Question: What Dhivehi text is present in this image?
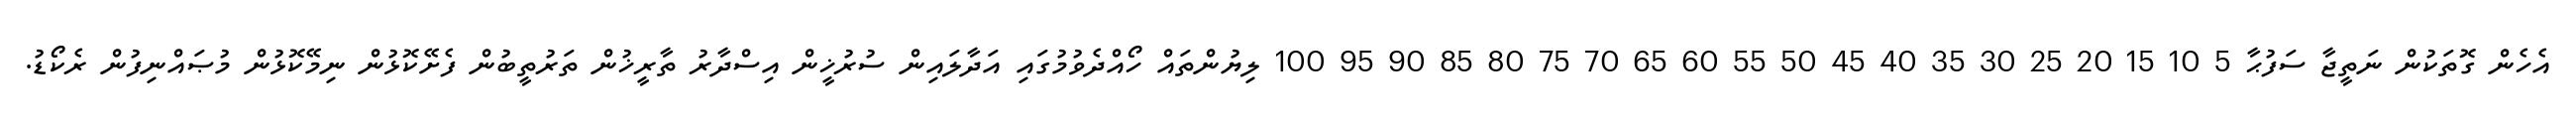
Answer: އެހެން ގޮތަކުން ނަތީޖާ ސަފުޙާ 5 10 15 20 25 30 35 40 45 50 55 60 65 70 75 80 85 90 95 100 ލިޔުންތައް ހޯއްދެވުމުގައި އަދާލައިން ސުރުޚީން އިސްދާރު ތާރީޚުން ތަރުތީބުން ފެށޭކޮޅުން ނިމޭކޮޅުން މުޞައްނިފުން ރެކޯޑު.